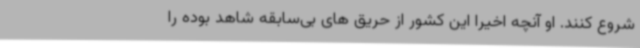
شروع کنند. او آنچه اخیرا این کشور از حریق های بی‌سابقه شاهد بوده را